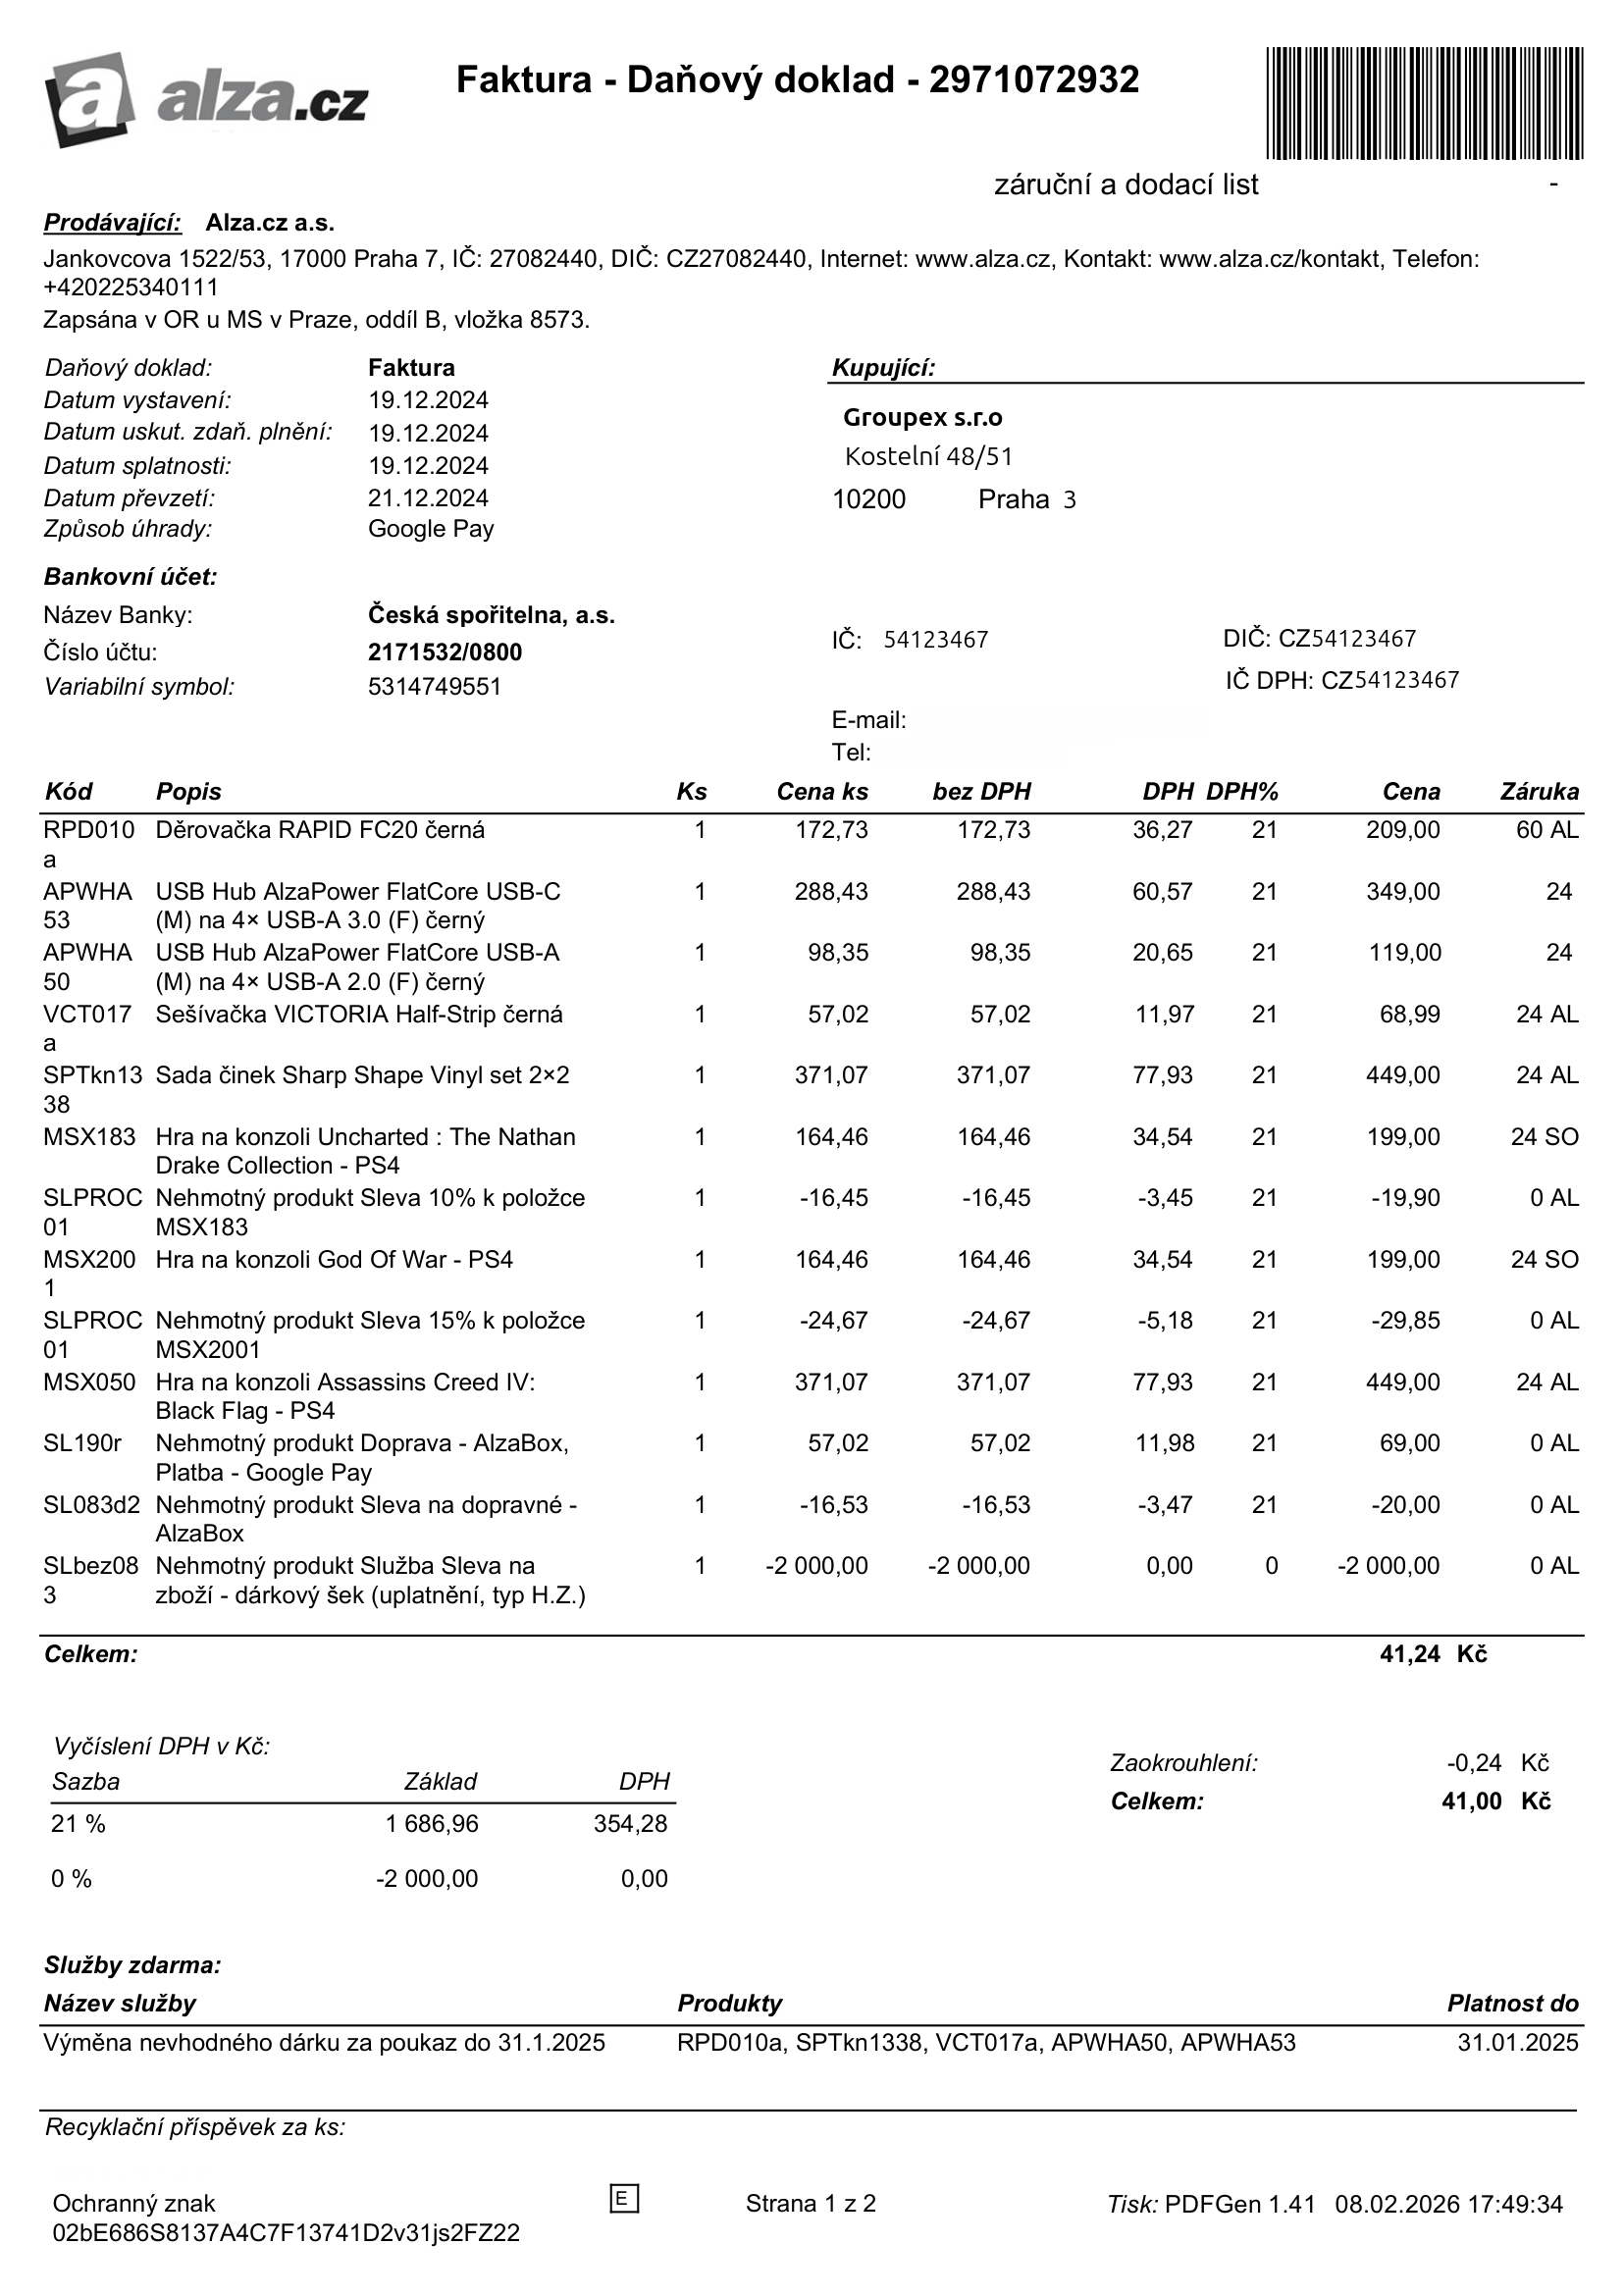
invoice_number: 2971072932
supp_register_id: 27082440
supp_tax_id: CZ27082440
cust_register_id: 54123467
cust_tax_id: CZ54123467
issue_date: 19.12.2024
taxable_supply_date: 19.12.2024
due_date: 19.12.2024
payment_type: Google Pay
bank_account_number: 2171532/0800
variable_symbol: 5314749551
total: 41,00